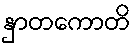
နှာတကောတိ